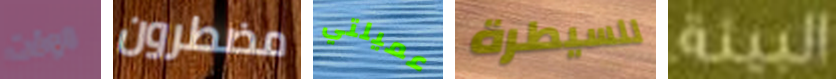
الوقت مضطرون عميلتي للسيطرة البيئة